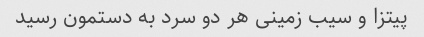
پیتزا و سیب زمینی هر دو سرد به دستمون رسید